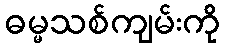
ဓမ္မသစ်ကျမ်းကို